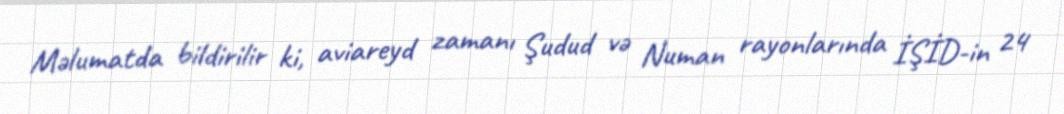
Məlumatda bildirilir ki, aviareyd zamanı Şudud və Numan rayonlarında İŞİD-in 24